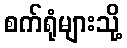
စက်ရုံများသို့